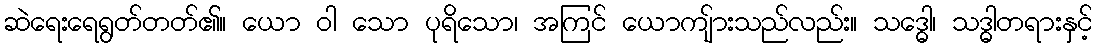
ဆဲရေးရေရွတ်တတ်၏။ ယော ဝါ သော ပုရိသော၊ အကြင် ယောကျ်ားသည်လည်း။ သဒ္ဓေါ၊ သဒ္ဓါတရားနှင့်